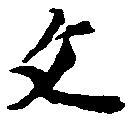
文